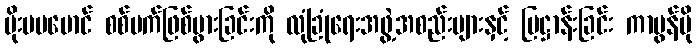
မိုးပပမောင် စစ်မက်ဖြစ်ပွားခြင်းကို လုံခြုံရေးအဖွဲ့အစည်းများနှင့် ပြဋ္ဌာန်းခြင်း ကာဗွန်မို